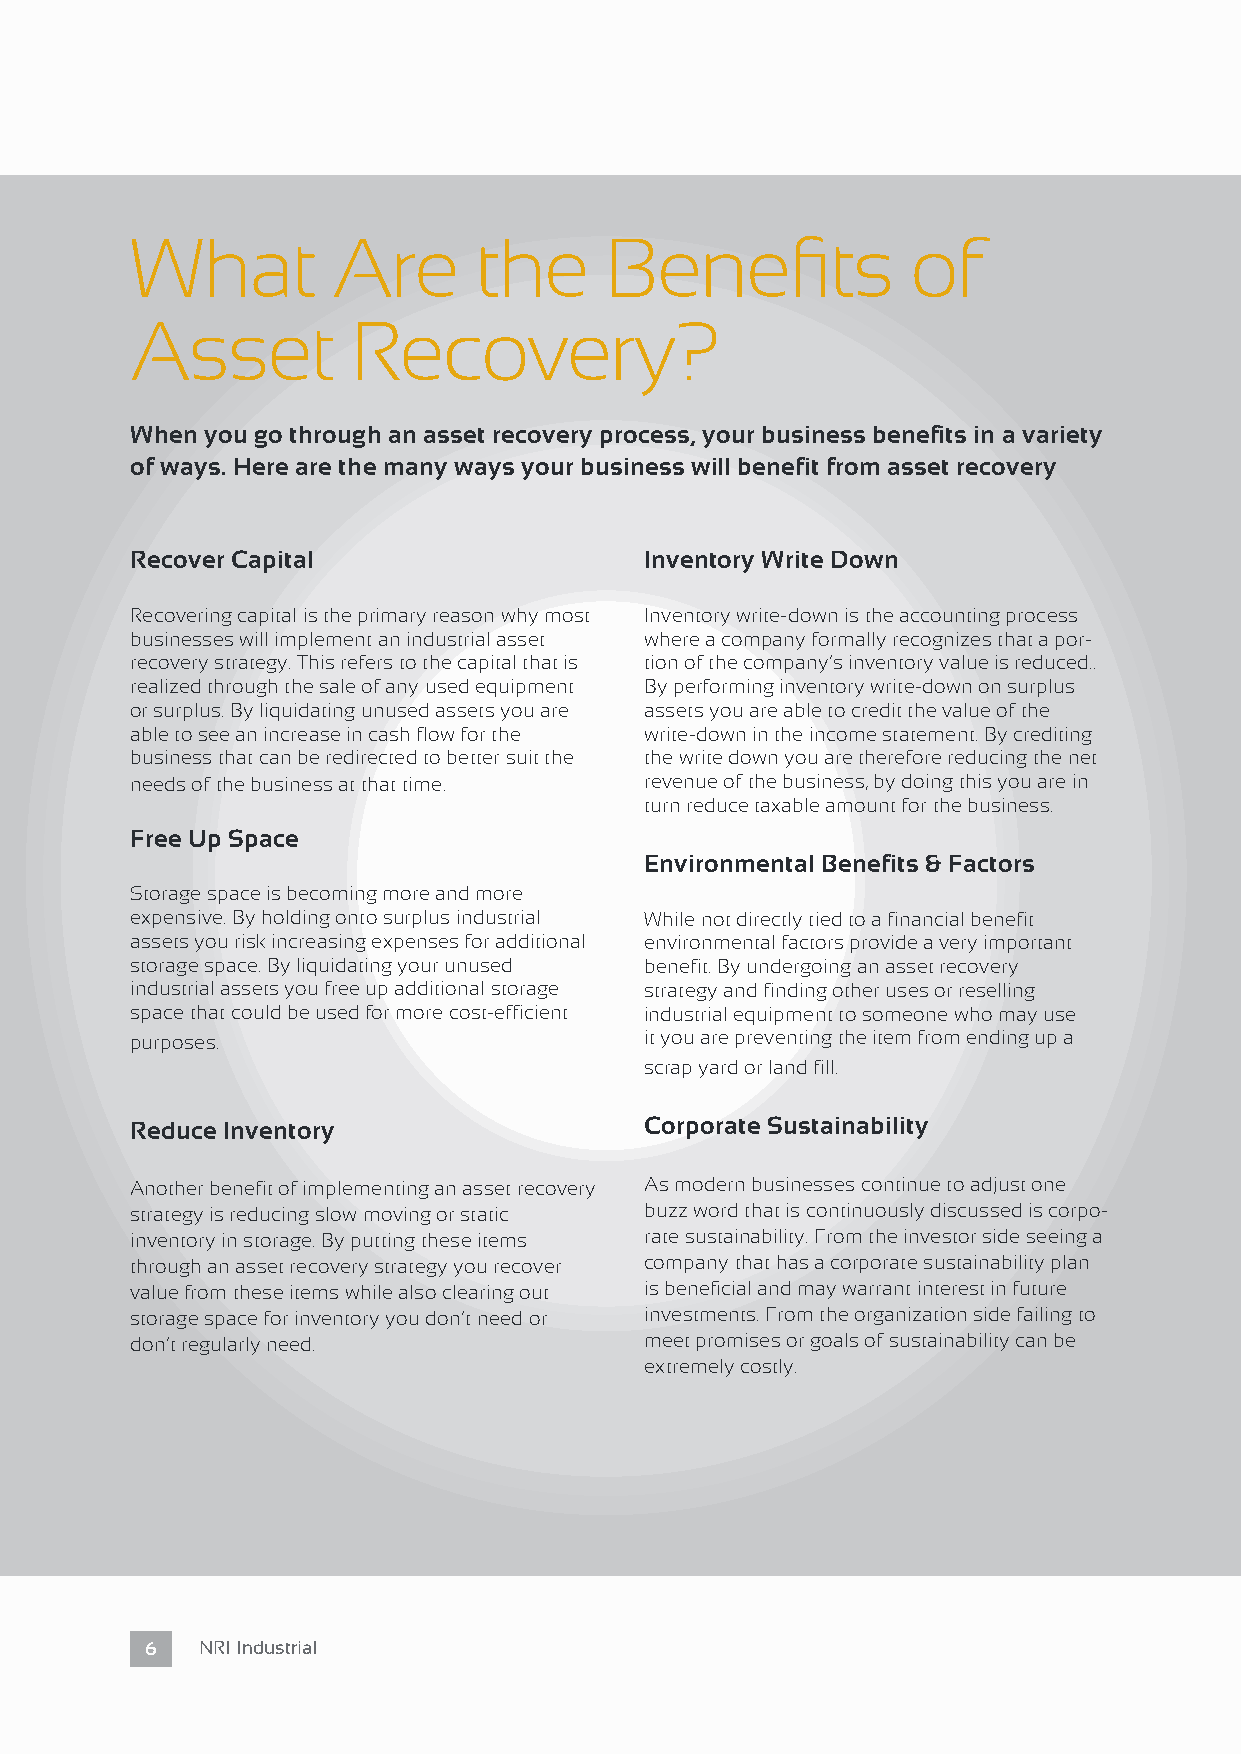
What         Are      the      Benefits            of
 Asset         Recovery?
 When you go through an asset recovery process, your business benefits in a variety
 of ways. Here are the many ways your business will benefit from asset recovery
 Recover Capital                   Inventory Write Down
 Recovering capital is the primary reason why most Inventory write-down is the accounting process
 businesses will implement an industrial asset where a company formally recognizes that a por-
 recovery strategy. This refers to the capital that is tion of the company’s inventory value is reduced..
 realized through the sale of any used equipment By performing inventory write-down on surplus
 or surplus. By liquidating unused assets you are assets you are able to credit the value of the
 able to see an increase in cash flow for the write-down in the income statement. By crediting
 business that can be redirected to better suit the the write down you are therefore reducing the net
 needs of the business at that time. revenue of the business, by doing this you are in
 turn reduce taxable amount for the business.
 Free Up Space
 Environmental Benefits & Factors
 Storage space is becoming more and more
 expensive. By holding onto surplus industrial While not directly tied to a financial benefit
 assets you risk increasing expenses for additional environmental factors provide a very important
 storage space. By liquidating your unused benefit. By undergoing an asset recovery
 industrial assets you free up additional storage strategy and finding other uses or reselling
 space that could be used for more cost-efficient industrial equipment to someone who may use
 purposes.                         it you are preventing the item from ending up a
 scrap yard or land fill.
 Reduce Inventory                  Corporate Sustainability
 Another benefit of implementing an asset recovery As modern businesses continue to adjust one
 strategy is reducing slow moving or static buzz word that is continuously discussed is corpo-
 inventory in storage. By putting these items rate sustainability. From the investor side seeing a
 through an asset recovery strategy you recover company that has a corporate sustainability plan
 value from these items while also clearing out is beneficial and may warrant interest in future
 storage space for inventory you don’t need or investments. From the organization side failing to
 don’t regularly need.             meet promises or goals of sustainability can be
 extremely costly.
 6  NRI Industrial